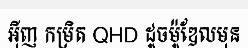
អ៊ីញ កម្រិត QHD ដូចម៉ូឌែលមុន